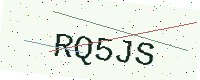
Text: RQ5JS